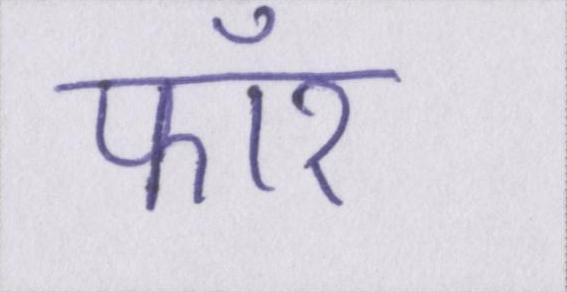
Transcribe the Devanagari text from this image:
फॉर